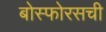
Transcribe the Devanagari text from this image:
बोस्फोरसची